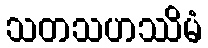
သတသဟဿိမံ